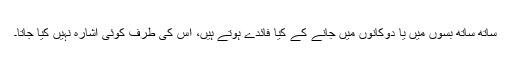
ساتھ ساتھ بسوں میں یا دوکانوں میں جانے کے کیا فائدے ہوتے ہیں، اس کی طرف کوئی اشارہ نہیں کیا جاتا۔